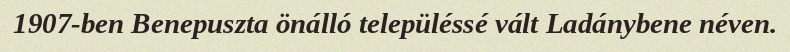
1907-ben Benepuszta önálló településsé vált Ladánybene néven.